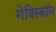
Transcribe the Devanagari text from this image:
गेविस्कॉन